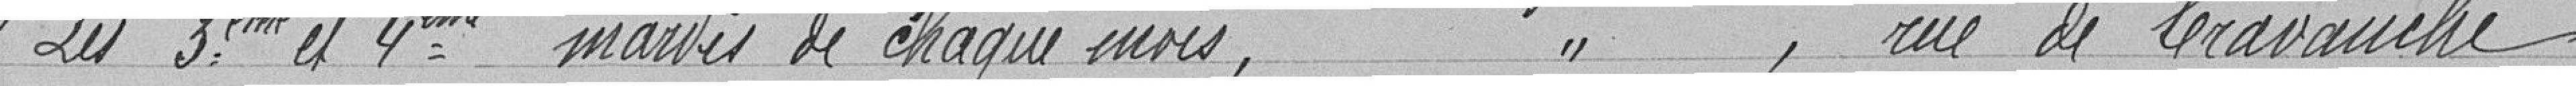
"Les troisième et quatrième mardis de chaque mois, ",  rue de Cravanche.